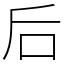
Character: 后